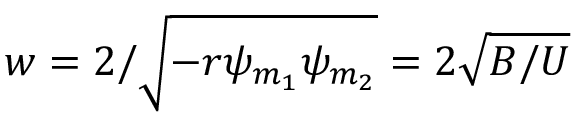
w = 2 / \sqrt { - r \psi _ { m _ { 1 } } \psi _ { m _ { 2 } } } = 2 \sqrt { B / U }